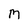
Character: M